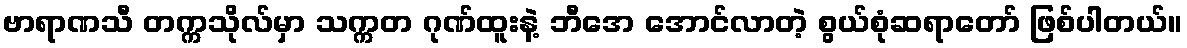
ဗာရာဏသီ တက္ကသိုလ်မှာ သက္ကတ ဂုဏ်ထူးနဲ့ ဘီအေ အောင်လာတဲ့ စွယ်စုံဆရာတော် ဖြစ်ပါတယ်။